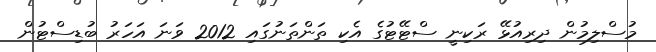
މުސްލިމުން ދިރިއުޅޭ ރަކިނީ ސްޓޭޓުގެ އެކި ތަންތަނުގައި 2012 ވަނަ އަހަރު ބުޑިސްޓުން